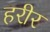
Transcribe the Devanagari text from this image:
हरीर